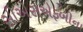
સીએસએફબીના